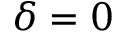
\delta = 0